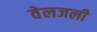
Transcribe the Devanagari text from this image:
वेलजली